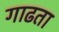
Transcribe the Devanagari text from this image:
गाढता